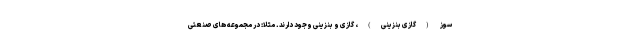
سوز (گازی بنزینی)، گازی و بنزینی وجود دارند. مثلا: در مجموعه های صنعتی